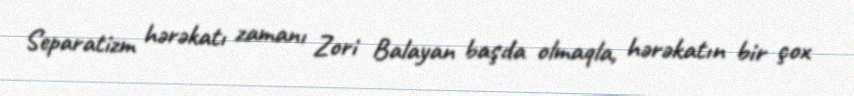
Separatizm hərəkatı zamanı Zori Balayan başda olmaqla, hərəkatın bir çox